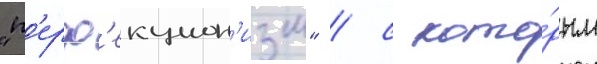
"п'ерф'екцион'изм" / с кото́рым